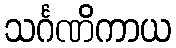
သင်္ဂဏိကာယ